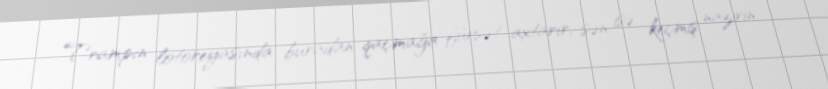
Trampın lotoreyasında buradan qaçmağa fürsət axtarır, sən isə keçmiş nazirin